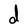
Character: d